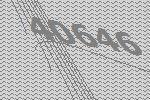
40646